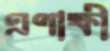
এণাক্ষী